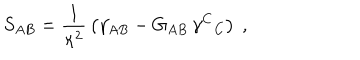
S _ { A B } = { \frac { 1 } { \kappa ^ { 2 } } } \left( \gamma _ { A B } - G _ { A B } \, \gamma ^ { C } { } _ { C } \right) \ ,